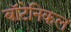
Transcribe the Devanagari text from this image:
बॉटेनिकल